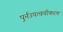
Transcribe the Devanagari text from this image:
पुर्नउपत्वचीकरण